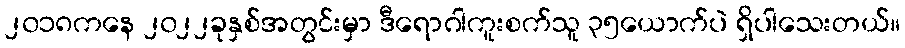
၂၀၁၈ကနေ ၂၀၂၂ခုနှစ်အတွင်းမှာ ဒီရောဂါကူးစက်သူ ၃၅ယောက်ပဲ ရှိပါသေးတယ်။